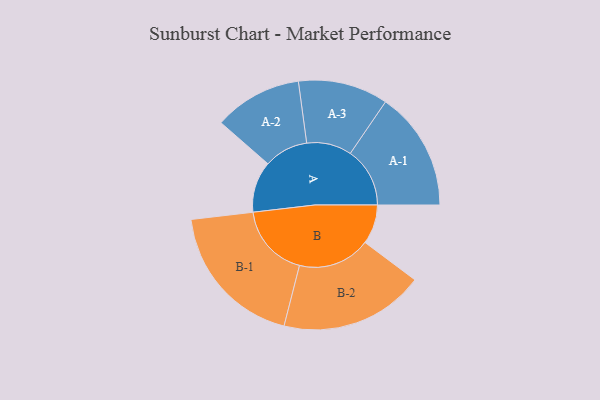
{"axis": {"x": "Segment", "y": "Value"}, "legend": ["", "A", "B"], "data": [{"x": "A", "y": 165, "type": ""}, {"x": "B", "y": 127, "type": ""}, {"x": "A-1", "y": 192, "type": "A"}, {"x": "A-2", "y": 142, "type": "A"}, {"x": "A-3", "y": 145, "type": "A"}, {"x": "B-1", "y": 238, "type": "B"}, {"x": "B-2", "y": 233, "type": "B"}]}